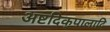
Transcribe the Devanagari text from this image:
अष्टदिक्‌पालादि